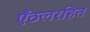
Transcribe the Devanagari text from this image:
एँठलरहित